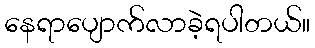
နေရာပျောက်လာခဲ့ရပါတယ်။